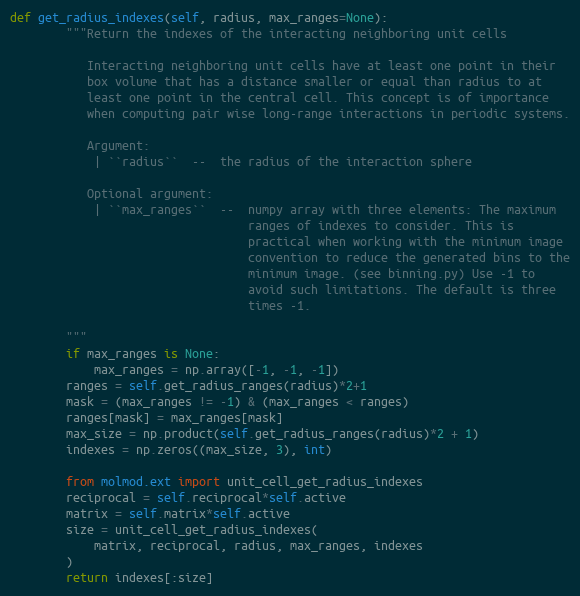
Language: Python
def get_radius_indexes(self, radius, max_ranges=None):
        """Return the indexes of the interacting neighboring unit cells

           Interacting neighboring unit cells have at least one point in their
           box volume that has a distance smaller or equal than radius to at
           least one point in the central cell. This concept is of importance
           when computing pair wise long-range interactions in periodic systems.

           Argument:
            | ``radius``  --  the radius of the interaction sphere

           Optional argument:
            | ``max_ranges``  --  numpy array with three elements: The maximum
                                  ranges of indexes to consider. This is
                                  practical when working with the minimum image
                                  convention to reduce the generated bins to the
                                  minimum image. (see binning.py) Use -1 to
                                  avoid such limitations. The default is three
                                  times -1.

        """
        if max_ranges is None:
            max_ranges = np.array([-1, -1, -1])
        ranges = self.get_radius_ranges(radius)*2+1
        mask = (max_ranges != -1) & (max_ranges < ranges)
        ranges[mask] = max_ranges[mask]
        max_size = np.product(self.get_radius_ranges(radius)*2 + 1)
        indexes = np.zeros((max_size, 3), int)

        from molmod.ext import unit_cell_get_radius_indexes
        reciprocal = self.reciprocal*self.active
        matrix = self.matrix*self.active
        size = unit_cell_get_radius_indexes(
            matrix, reciprocal, radius, max_ranges, indexes
        )
        return indexes[:size]